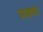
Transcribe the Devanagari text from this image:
जणवा